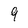
Character: 9